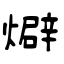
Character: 𤐙